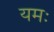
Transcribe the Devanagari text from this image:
यमः